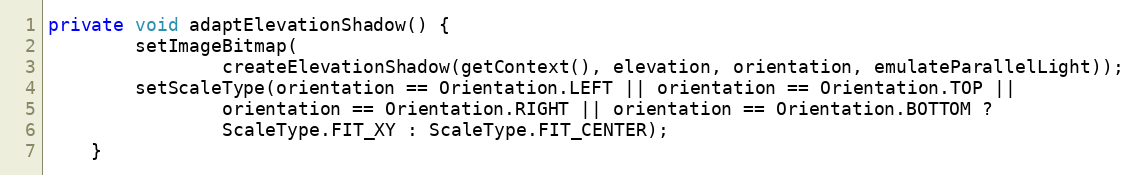
Language: Java
private void adaptElevationShadow() {
        setImageBitmap(
                createElevationShadow(getContext(), elevation, orientation, emulateParallelLight));
        setScaleType(orientation == Orientation.LEFT || orientation == Orientation.TOP ||
                orientation == Orientation.RIGHT || orientation == Orientation.BOTTOM ?
                ScaleType.FIT_XY : ScaleType.FIT_CENTER);
    }